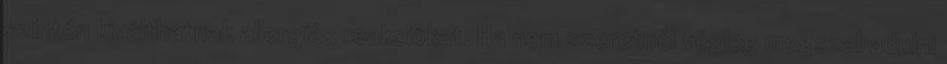
szintén kiválthatnak allergiás reakciókat. Ha nem szeretnél végleg megszabadulni